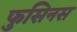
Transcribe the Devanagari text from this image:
फुसिनस